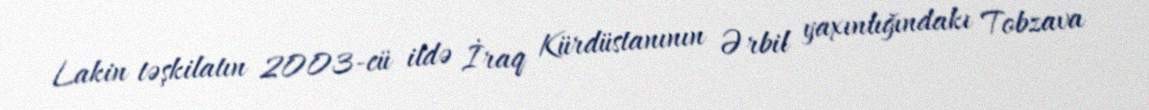
Lakin təşkilatın 2003-cü ildə İraq Kürdüstanının Ərbil yaxınlığındakı Tobzava